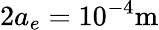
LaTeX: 2a_{e}=10^{-4}\mathrm{m}